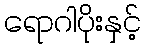
ရောဂါပိုးနှင့်